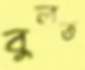
বুলত